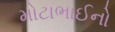
મોટાભાઈનો